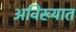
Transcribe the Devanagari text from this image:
अविख्यात